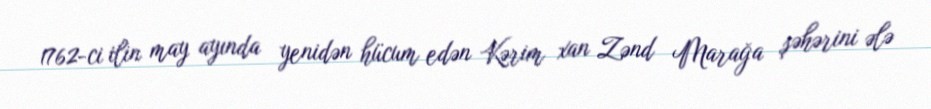
1762-ci ilin may ayında yenidən hücum edən Kərim xan Zənd Marağa şəhərini ələ